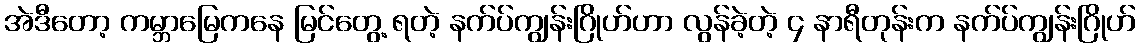
အဲဒီတော့ ကမ္ဘာမြေကနေ မြင်တွေ့ ရတဲ့ နက်ပ်ကျွန်းဂြိုဟ်ဟာ လွန်ခဲ့တဲ့ ၄ နာရီတုန်းက နက်ပ်ကျွန်းဂြိုဟ်